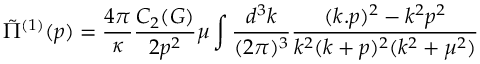
\tilde { \Pi } ^ { ( 1 ) } ( p ) = \frac { 4 \pi } { \kappa } \frac { C _ { 2 } ( G ) } { 2 p ^ { 2 } } \mu \int \frac { d ^ { 3 } k } { ( 2 \pi ) ^ { 3 } } \frac { ( k . p ) ^ { 2 } - k ^ { 2 } p ^ { 2 } } { k ^ { 2 } ( k + p ) ^ { 2 } ( k ^ { 2 } + \mu ^ { 2 } ) }